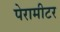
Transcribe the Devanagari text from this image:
पेरामीटर